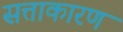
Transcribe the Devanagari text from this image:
सत्ताकारण